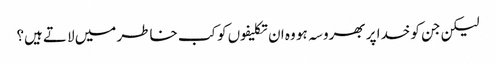
لیکن جن کو خدا پر بھروسہ ہو وہ ان تکلیفوں کو کب خاطر میں لاتے ہیں؟